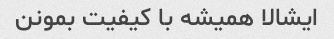
ایشالا همیشه با کیفیت بمونن